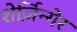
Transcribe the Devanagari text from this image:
शेर्ज़िन्गेर